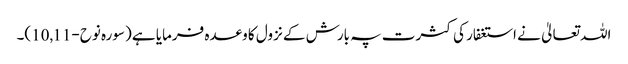
اللہ تعالیٰ نے استغفار کی کثرت پہ بارش کے نزول کا وعدہ فرمایا ہے (سورہ نوح-10,11)۔